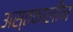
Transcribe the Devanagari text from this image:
अस्तकालीन